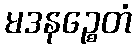
မဒနဉ္စေတံ